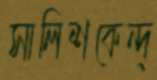
সালিশকেন্দ্